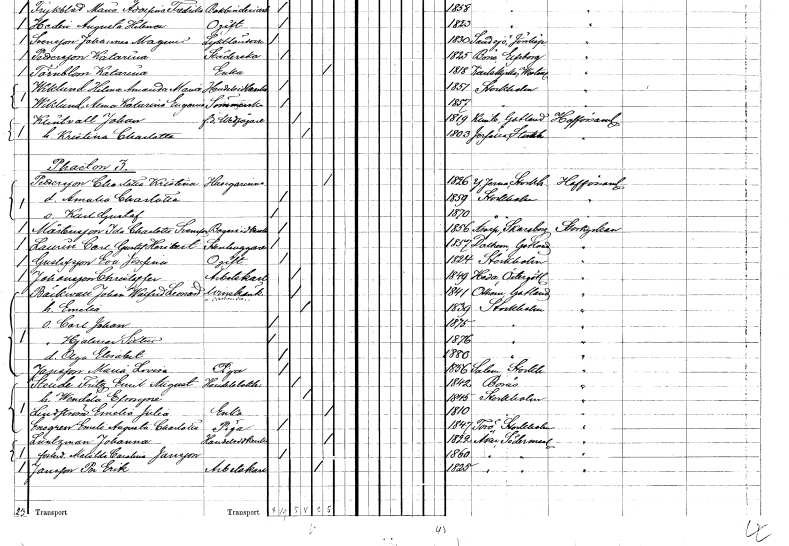
gt_parse: households: individuals: FN: Johan
EN: Klintvall
YRKE: Vedsågare f.d.
KON: M
CIV: G
FODAR: 1819
FODFORS: Klinte Gotlands län
FN: Kristina Charlotta
KON: K
CIV: G
FODAR: 1803
FODFORS: Järfälla Stockholms län
FN: Charlotta Kristina
EN: Pettersson
YRKE: Husägarinna
KON: K
CIV: E
FODAR: 1826
FODFORS: Ytterjärna Stockholms län
FN: Amalia Charlotta
KON: K
CIV: O
FODAR: 1859
FODFORS: Stockholm
FN: Karl Gustaf
KON: M
CIV: O
FODAR: 1870
FODFORS: Stockholm
FN: Ida Charlotta
EN: Mårtensson Svensson
YRKE: Bageriidkerska
KON: K
CIV: O
FODAR: 1856
FODFORS: Åsarp Norra Skaraborgs län
FN: Carl Gustaf Heribert
EN: Laurén
YRKE: Stenhuggare
KON: M
CIV: O
FODAR: 1857
FODFORS: Dalhem Gotlands län
FN: Eva Josefina
EN: Gustafsson
KON: K
CIV: O
FODAR: 1824
FODFORS: Stockholm
FN: Christoffer
EN: Johansson
YRKE: Arbetskarl
KON: M
CIV: G
FODAR: 1849
FODFORS: Heda Östergötlands län
FN: Johan Walfrid Leonard
EN: Bäckwall
YRKE: Vinskänk
KON: M
CIV: G
FODAR: 1841
FODFORS: Othem Gotlands län
FN: Emelia
KON: K
CIV: G
FODAR: 1839
FODFORS: Stockholm
FN: Carl Johan
KON: M
CIV: O
FODAR: 1875
FODFORS: Stockholm
FN: Hjalmar Sixten
KON: M
CIV: O
FODAR: 1876
FODFORS: Stockholm
FN: Olga Elisabet
KON: K
CIV: O
FODAR: 1880
FODFORS: Stockholm
FN: Maria Lovisa
EN: Jansson
YRKE: Piga
KON: K
CIV: O
FODAR: 1856
FODFORS: Salem Stockholms län
FN: Fritz Emil August
EN: Steude
YRKE: Handelsbokhållare
KON: M
CIV: G
FODAR: 1842
FODFORS: Borås Älvsborgs län
FN: Wendela Efrosyne
KON: K
CIV: G
FODAR: 1845
FODFORS: Stockholm
FN: Emelia Julia
EN: Lindström
YRKE: Änka
KON: K
CIV: E
FODAR: 1810
FODFORS: Stockholm
FN: Emeli Augusta Charlotta
EN: Ensgren
YRKE: Piga
KON: K
CIV: O
FODAR: 1847
FODFORS: Torö Stockholms län
FN: Johanna
EN: Luntzman
YRKE: Handelsidkerska
KON: K
CIV: E
FODAR: 1822
FODFORS: Åker Södermanlands län
FN: Matilda Carolina
EN: Jansson
KON: K
CIV: O
FODAR: 1860
FODFORS: Åker Södermanlands län
FN: Per Erik
EN: Jansson
YRKE: Arbetskarl
KON: M
CIV: O
FODAR: 1825
FODFORS: Åker Södermanlands län